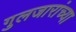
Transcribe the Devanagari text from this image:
गुलजारांच्या